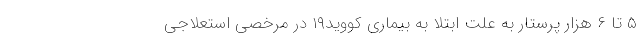
۵ تا ۶ هزار پرستار به علت ابتلا به بیماری کووید۱۹ در مرخصی استعلاجی